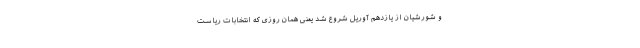
و شورشیان از یازدهم آوریل شروع شد یعنی همان روزی که انتخابات ریاست